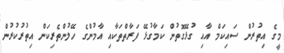
މީގެ އިތުރުން ސައިކަމް އާއި ގުޅޭގޮތުން ކަމާގުޅޭ ފަރާތްތަކާއި އާމުންގެ ހޭލުންތެރިކަން އިތުރުކުރުން